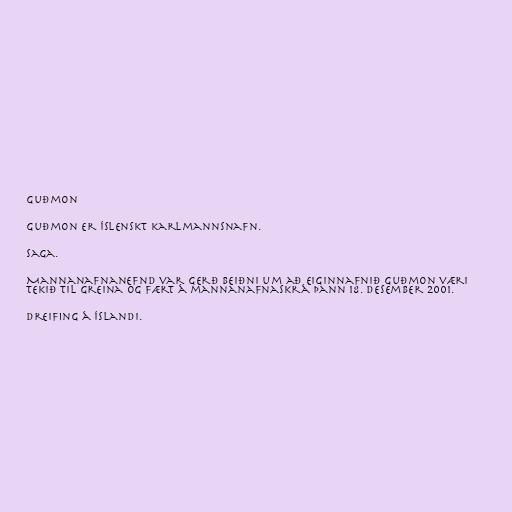
Guðmon

Guðmon er íslenskt karlmannsnafn.

Saga.

Mannanafnanefnd var gerð beiðni um að eiginnafnið Guðmon væri
tekið til greina og fært á mannanafnaskrá þann 18. desember 2001.

Dreifing á Íslandi.